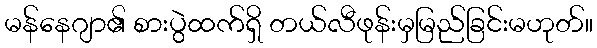
မန်နေဂျာ၏ စားပွဲထက်ရှိ တယ်လီဖုန်းမှမြည်ခြင်းမဟုတ်။